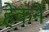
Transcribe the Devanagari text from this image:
हेकने